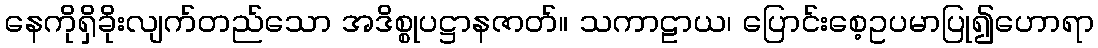
နေကိုရှိခိုးလျက်တည်သော အဒိစ္စုပဋ္ဌာနဇာတ်။ သကာဠာယ၊ ပြောင်းစေ့ဥပမာပြု၍ဟောရာ